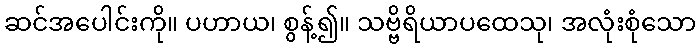
ဆင်အပေါင်းကို။ ပဟာယ၊ စွန့်၍။ သဗ္ဗိရိယာပထေသု၊ အလုံးစုံသော